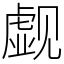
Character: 觑